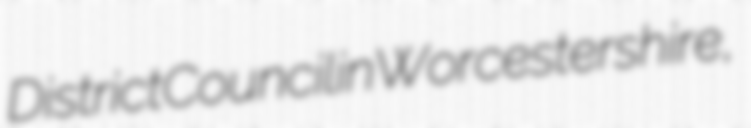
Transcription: District Council in Worcestershire,